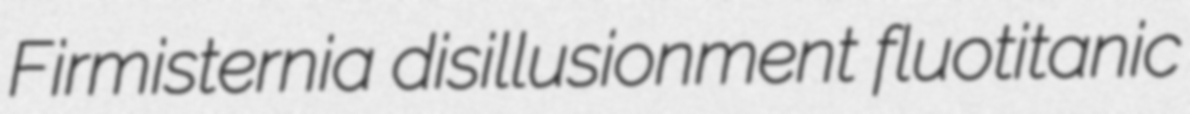
Firmisternia disillusionment fluotitanic